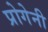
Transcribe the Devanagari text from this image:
प्रोगेनी